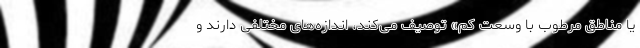
یا مناطق مرطوب با وسعت کم» توصیف می‌کند، اندازه‌های مختلفی دارند و